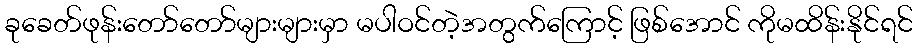
ခုခေတ်ဖုန်းတော်တော်များများမှာ မပါဝင်တဲ့အတွက်ကြောင့် ဖြစ်အောင် ကိုမထိန်းနိုင်ရင်